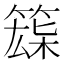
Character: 𥱘